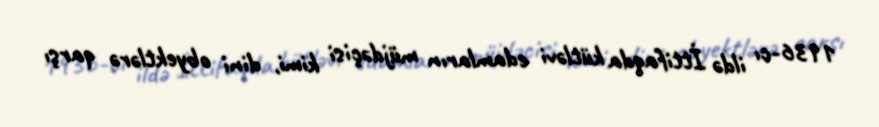
1936-cı ildə İttifaqda kütləvi edamların müjdəçisi kimi, dini obyektlərə qarşı